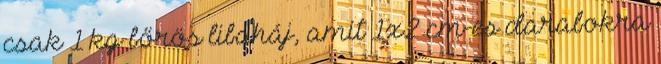
csak 1 kg bőrös libaháj, amit 1x2 cm-es darabokra